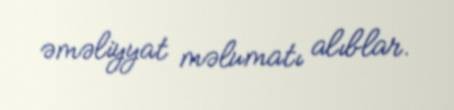
əməliyyat məlumatı alıblar.